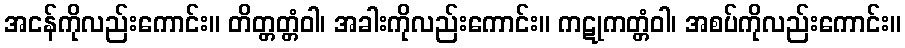
အငန်ကိုလည်းကောင်း။ တိတ္တတ္တံဝါ၊ အခါးကိုလည်းကောင်း။ ကဋုကတ္တံဝါ၊ အစပ်ကိုလည်းကောင်း။